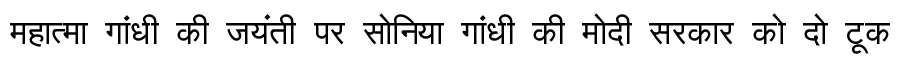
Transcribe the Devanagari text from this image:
महात्मा गांधी की जयंती पर सोनिया गांधी की मोदी सरकार को दो टूक